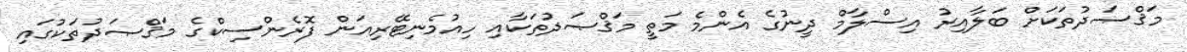
މަޤްޞަދުތަކަށް ބަލާއިރު އިސްލާމް ދީނުގެ އެންމެ މަތީ މަޤްޞަދުތަކާއި ހިއުމެނިޓޭރިއަން ފޮރެންސިކްގެ މަޤްޞަދުތަކުގައި